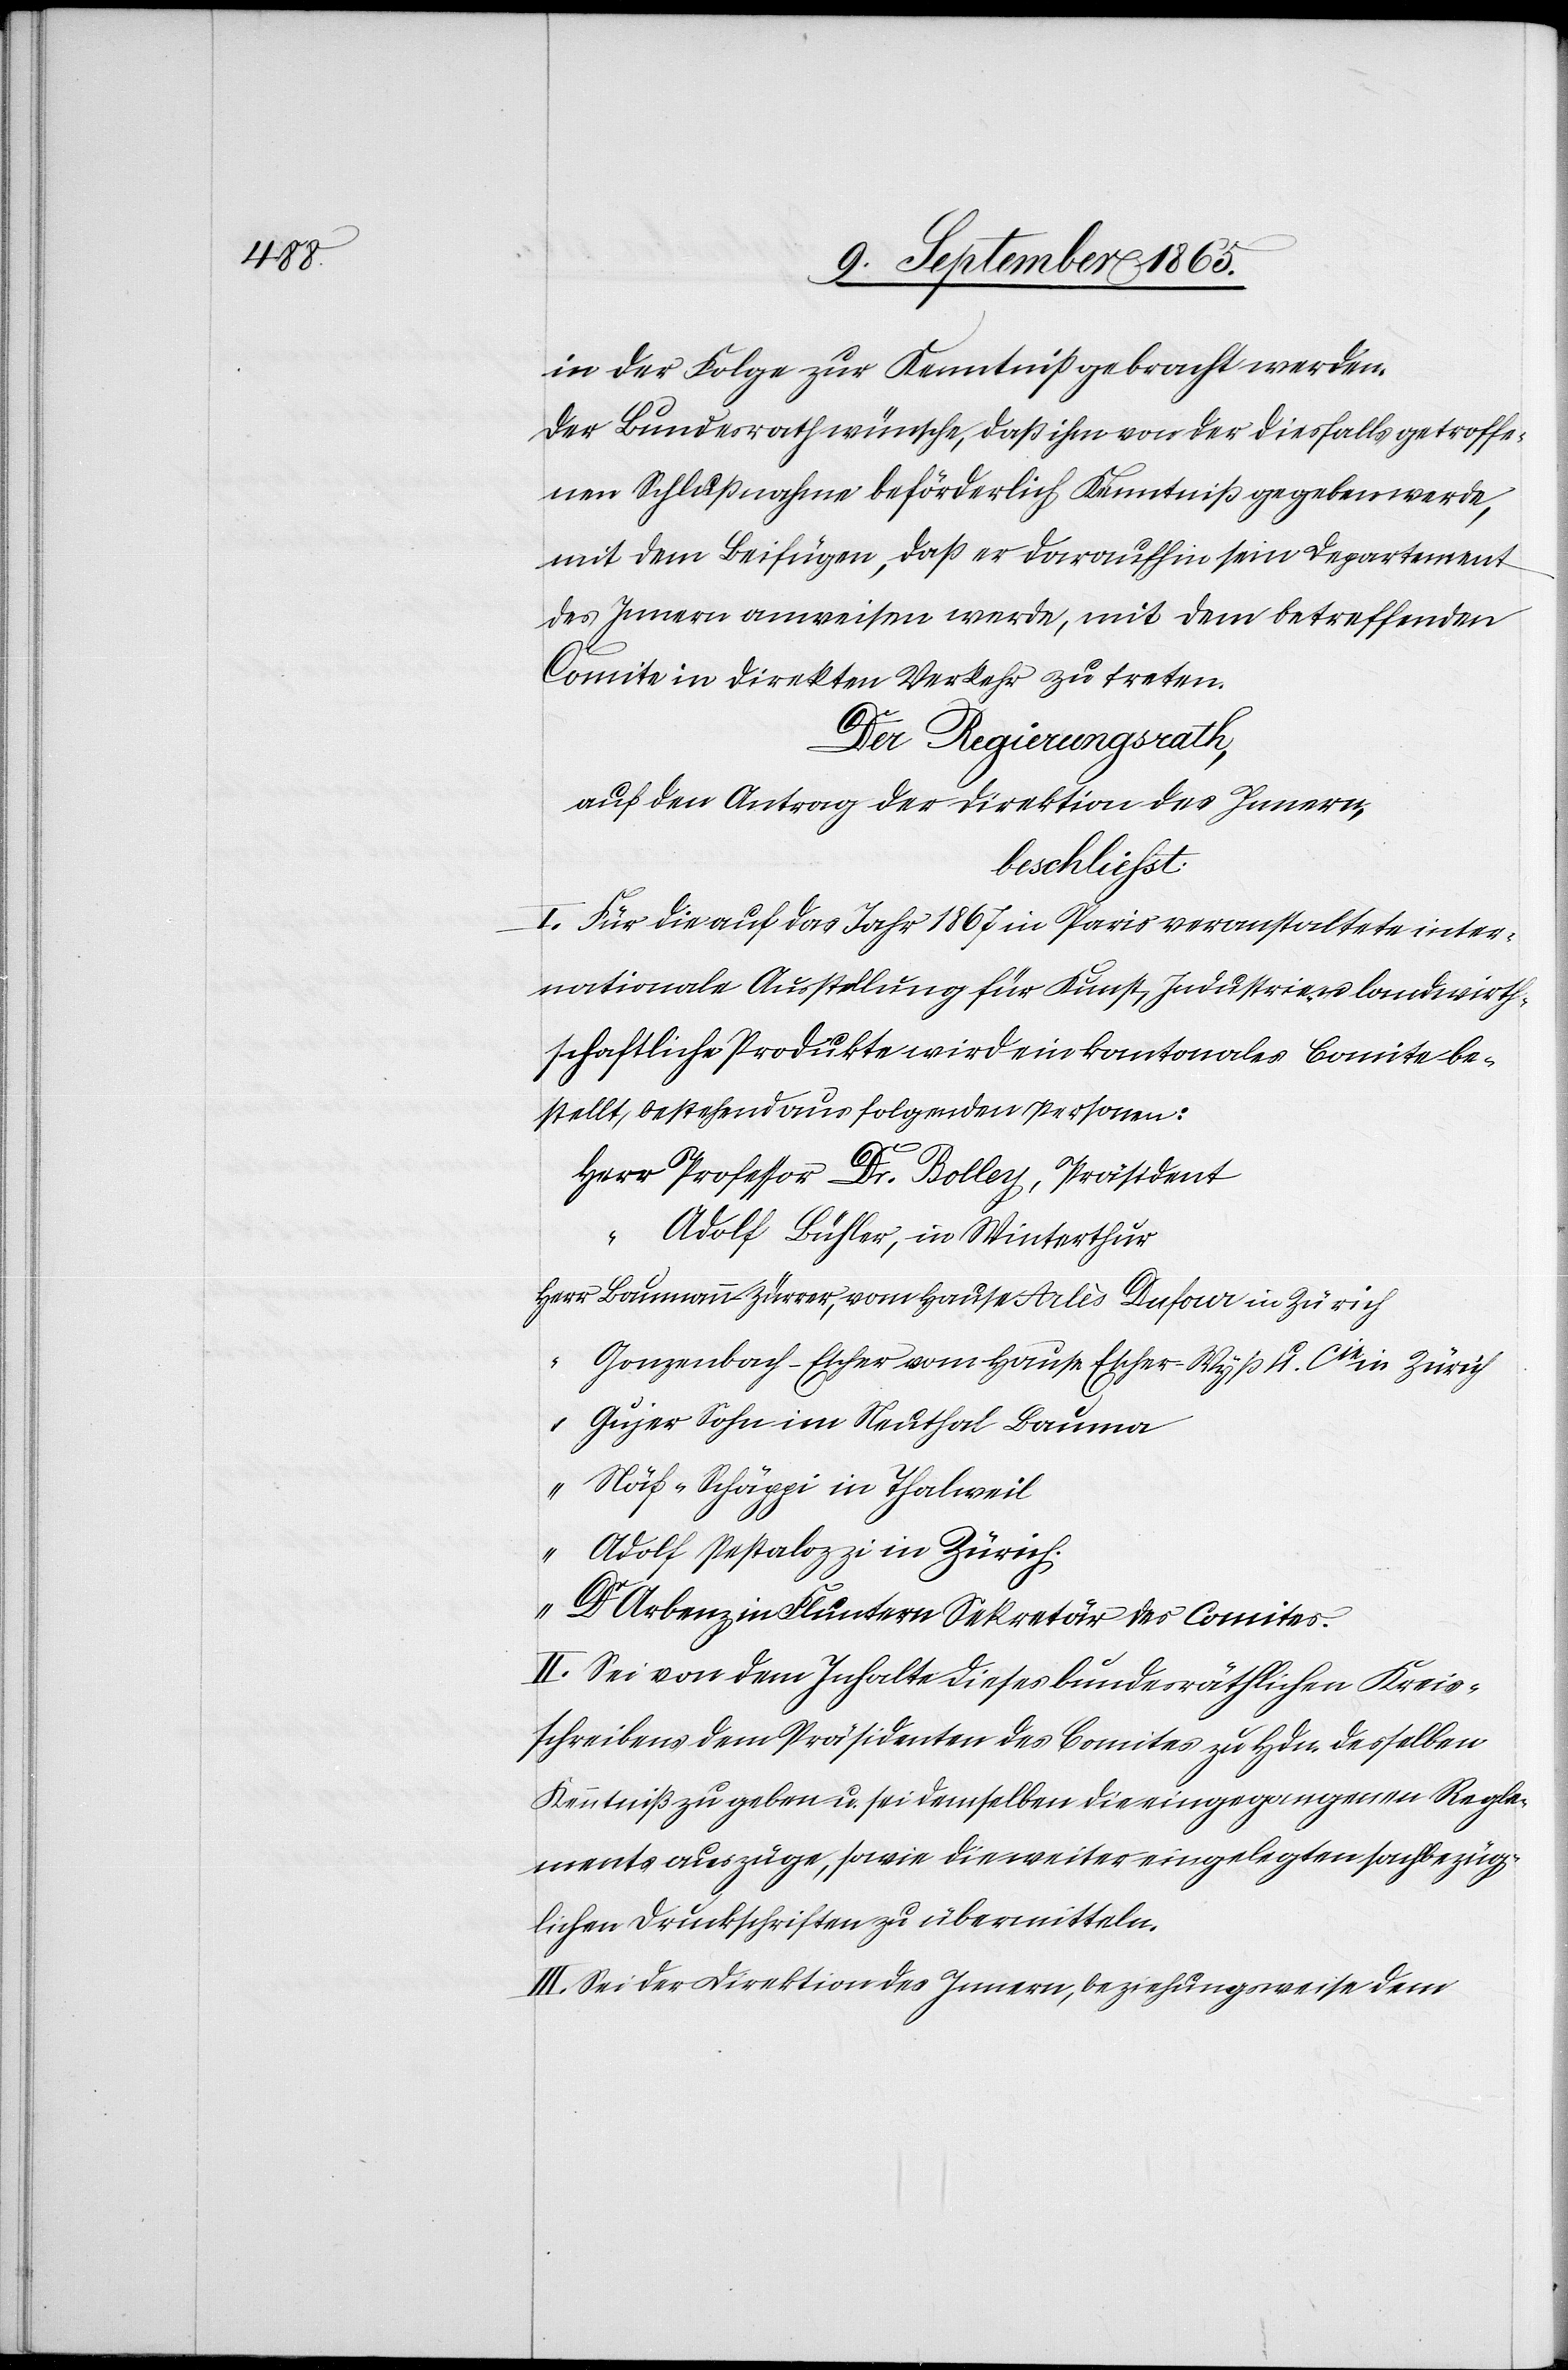
in der Folge zur Kenntniß gebracht werden.
Der Bundesrath wünsche, daß ihm von der diesfalls getroffe¬
nen Schlußnahme beförderlich Kenntniß gegeben werde,
mit dem Beifügen, daß er daraufhin sein Departement
des Innern anweisen werde, mit dem betreffenden
Comite in direkten Verkehr zu treten.
Der Regierungsrath,
auf den Antrag der Direktion des Innern,
beschliesst:
I. Für die auf das Jahr 1867 in Paris veranstaltete inter¬
nationale Ausstellung für Kunst, Industrie u. landwirth¬
schaftliche Produkte wird ein kantonales Comite be¬
stellt, bestehend aus folgenden Personen:
Herr Professor Dr Bolley, Präsident
“ Adolf Bühler, in Winterthur
Herr Baumann-Zürrer, vom Hause Arlès Dufour in Zürich
lben
Gonzenbach-Escher vom Hause Escher-Wyß u. Cie in Zürich
“ Gujer Sohn im Neuthal Bauma
“ Näf-Schäppi in Thalweil
“ Adolf Pestalozzi in Zürich.
Dr Arbenz in Fluntern Sekretär des Comites.
II. Sei von dem Inhalte dieses Comites zu Hdn. desse¬
Kenntniß zu geben u. sei demselben die eingegangenen Regle¬
mentsauszüge, sowie die weiter eingelegten sachbezüg¬
lichen Druckschriften zu übermitteln.
III. Sei der Direktion des Innern, beziehungsweise dem